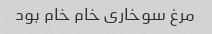
مرغ سوخاری خام خام بود